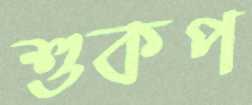
শুকপ